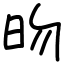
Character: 昒